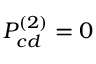
P _ { c d } ^ { ( 2 ) } = 0